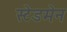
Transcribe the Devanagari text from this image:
स्टेडमेन